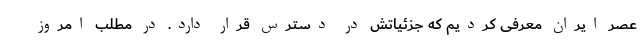
عصر ایران معرفی کردیم که جزئیاتش در دسترس قرار دارد. در مطلب امروز